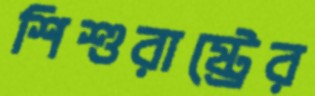
শিশুরাষ্ট্রের